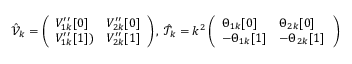
\hat { \mathcal { V } } _ { k } = \left( \begin{array} { l l } { V _ { 1 k } ^ { \prime \prime } [ 0 ] } & { V _ { 2 k } ^ { \prime \prime } [ 0 ] } \\ { V _ { 1 k } ^ { \prime \prime } [ 1 ] ) } & { V _ { 2 k } ^ { \prime \prime } [ 1 ] } \end{array} \right) , \; \hat { \mathcal { T } } _ { k } = k ^ { 2 } \left( \begin{array} { l l } { \Theta _ { 1 k } [ 0 ] } & { \Theta _ { 2 k } [ 0 ] } \\ { - \Theta _ { 1 k } [ 1 ] } & { - \Theta _ { 2 k } [ 1 ] \, } \end{array} \right)